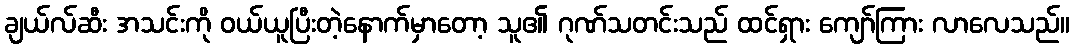
ချယ်လ်ဆီး အသင်းကို ဝယ်ယူပြီးတဲ့နောက်မှာတော့ သူ၏ ဂုဏ်သတင်းသည် ထင်ရှား ကျော်ကြား လာလေသည်။